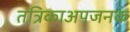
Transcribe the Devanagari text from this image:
तंत्रिकाअपजनक